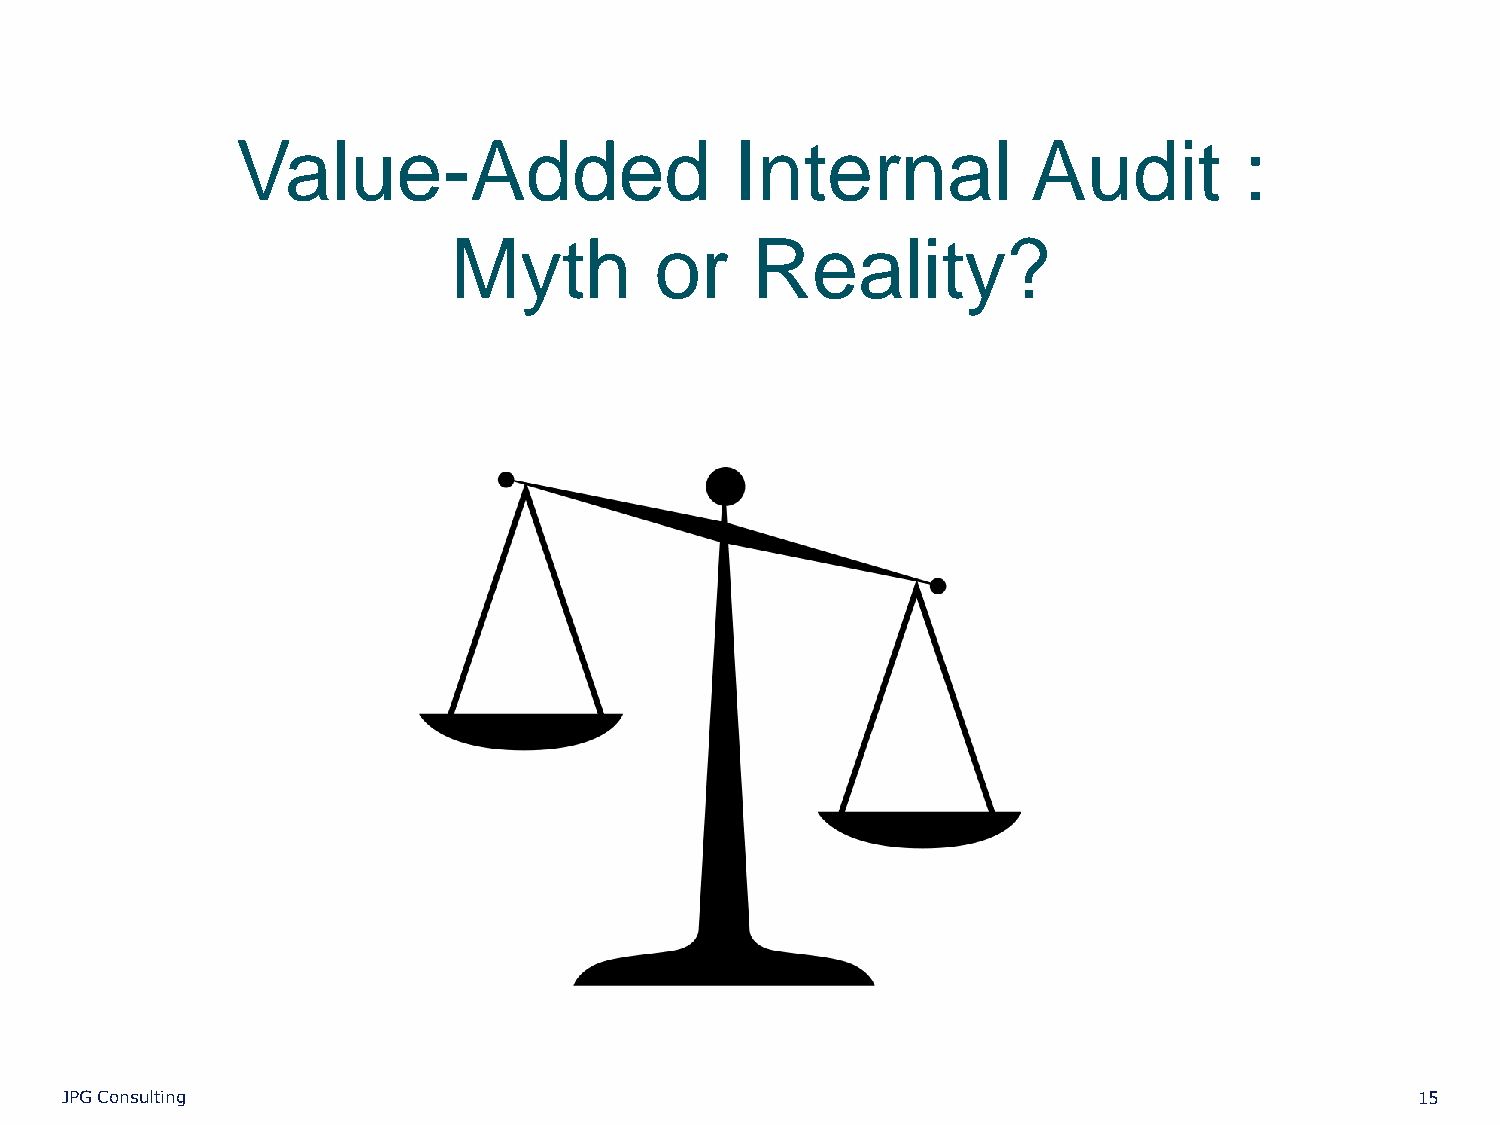
Value-Added                      Internal           Audit         :
 Myth         or     Reality?
 JPG Consulting                                                                            15